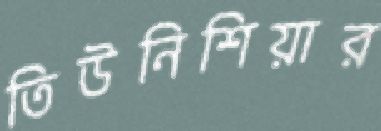
তিউনিশিয়ার